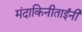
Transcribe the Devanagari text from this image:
मंदाकिनीताईंनी